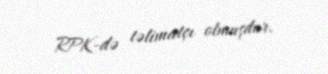
RPK-də təlimatçı olmuşdur.